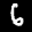
Label: 6